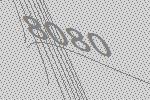
8080